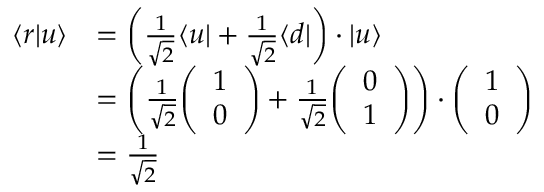
{ \begin{array} { r l } { \langle r | u \rangle } & { = \left( { \frac { 1 } { \sqrt { 2 } } } \langle u | + { \frac { 1 } { \sqrt { 2 } } } \langle d | \right) \cdot | u \rangle } \\ & { = \left( { \frac { 1 } { \sqrt { 2 } } } { \left( \begin{array} { l } { 1 } \\ { 0 } \end{array} \right) } + { \frac { 1 } { \sqrt { 2 } } } { \left( \begin{array} { l } { 0 } \\ { 1 } \end{array} \right) } \right) \cdot { \left( \begin{array} { l } { 1 } \\ { 0 } \end{array} \right) } } \\ & { = { \frac { 1 } { \sqrt { 2 } } } } \end{array} }